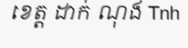
ខេត្ត ដាក់ ណុង Tnh